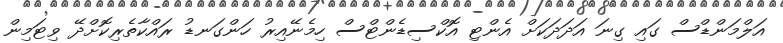
އަލްމަންޑްސް ގައި ގިނަ އަދަދަކަށް އެންޓި އޮކްސިޑެންޓްސް ހިމެނޭއިރު ހަންގަނޑު ރައްކާތެރިކޮށްދޭ ވިޓަމިން